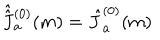
LaTeX: \hat { \hat { J \hspace { . 0 4 5 i n } ^ { } } } \hspace { - . 0 5 i n } _ { a } ^ { ( 0 ) } ( m ) = \hat { J } _ { a } ^ { ( 0 ) } ( m )